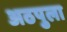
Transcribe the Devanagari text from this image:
अठपुला